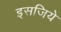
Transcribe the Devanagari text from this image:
इसजिये